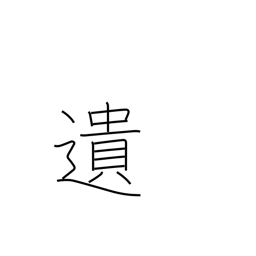
Meaning: bequeath